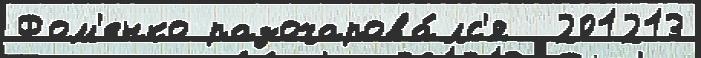
Фом'енко разочарова́лс'я  201213